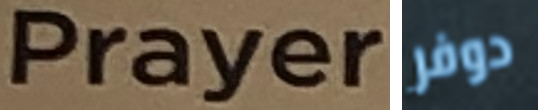
Prayers دوفر